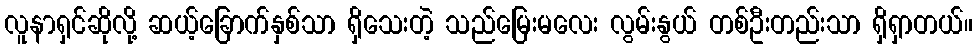
လူနာရှင်ဆိုလို့ ဆယ့်ခြောက်နှစ်သာ ရှိသေးတဲ့ သည်မြေးမလေး လွမ်းနွယ် တစ်ဦးတည်းသာ ရှိရှာတယ်။